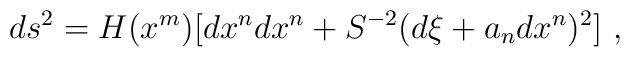
ds^2 = H(x^m) \bigl[ d x^n d x^n + S^{-2}(d \xi + a_nd x^n )^2 \bigr] \ ,